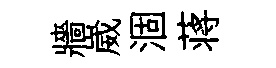
牆崴涸蒋